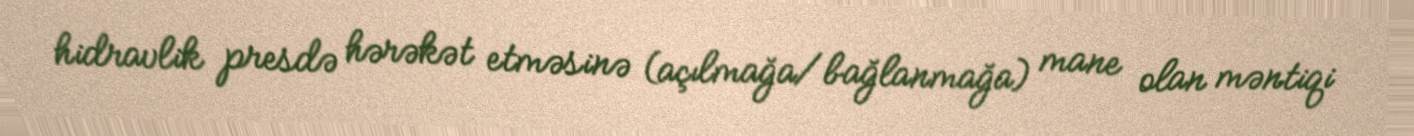
hidravlik presdə hərəkət etməsinə (açılmağa/bağlanmağa) mane olan məntiqi